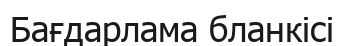
Бағдарлама бланкісі